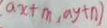
a x + m , a y + n )